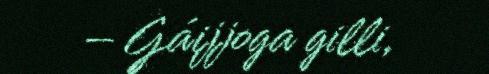
– Gáijjoga gilli,